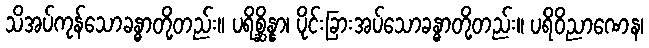
သိအပ်ကုန်သောခန္ဓာတို့တည်း။ ပရိစ္ဆိန္နာ၊ ပိုင်းခြားအပ်သောခန္ဓာတို့တည်း။ ပရိဝိညာဏေန၊